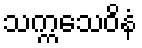
သက္ကသေဝိနံ